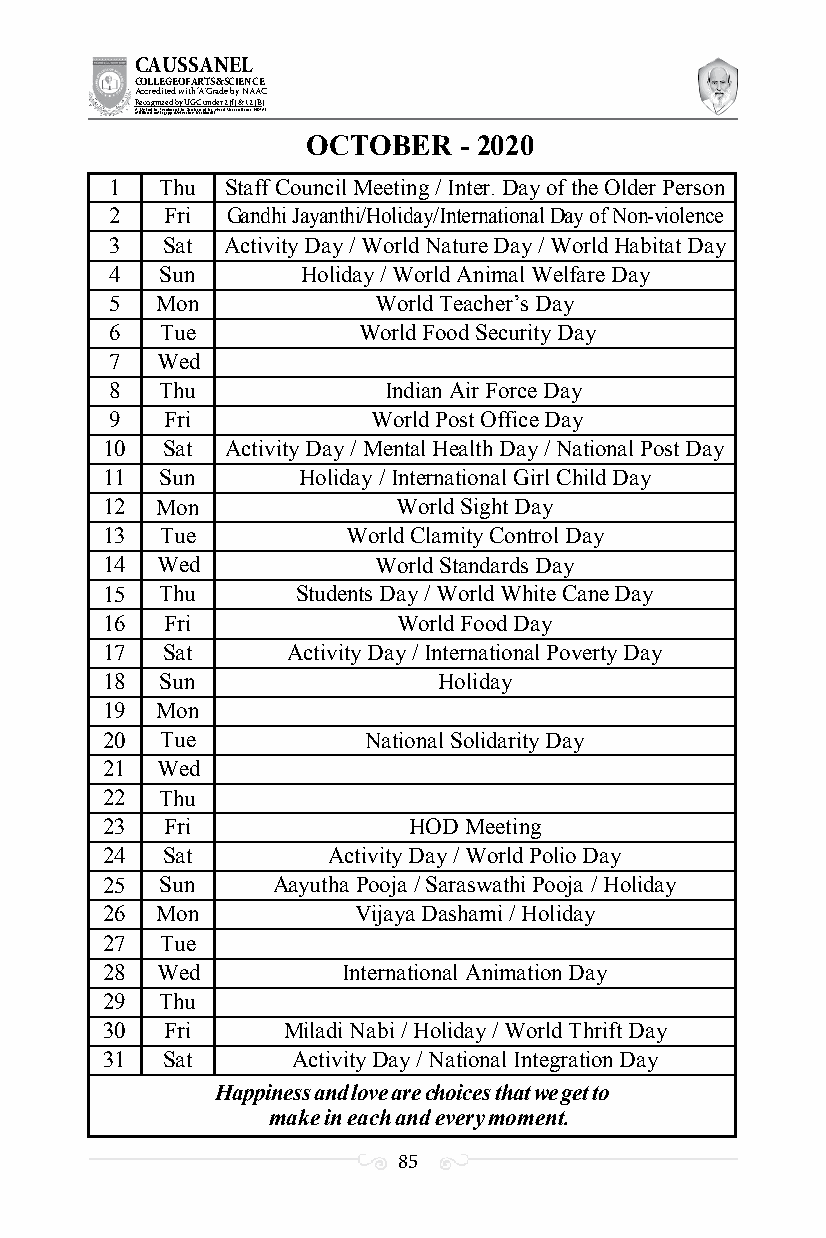
CAUSSANEL
 COLLEGE OF ARTS & SCIENCE
 Accredited with ‘A’ Grade by NAAC
 Recognized by UGC under 2 (f) & 12 (B)
 ((AA fUfilniaitt eodf ttoh eA Ilnasgtaitpuptae oUfn tihvee rBsirtoy,t hKerasr aoifk uthdei )S acred Heart of Jesus, INDIA)
 OCTOBER   - 2020
 1  Thu  Staff Council Meeting / Inter. Day of the Older Person
 2   Fri Gandhi Jayanthi/Holiday/International Day of Non-violence
 3   Sat Activity Day / World Nature Day / World Habitat Day
 4   Sun      Holiday / World Animal Welfare Day
 5  Mon            World Teacher’s Day
 6   Tue          World Food Security Day
 7  Wed
 8  Thu            Indian Air Force Day
 9   Fri           World Post Office Day
 10  Sat Activity Day / Mental Health Day / National Post Day
 11  Sun      Holiday / International Girl Child Day
 12 Mon             World Sight Day
 13  Tue         World Clamity Control Day
 14 Wed            World Standards Day
 15 Thu       Students Day / World White Cane Day
 16  Fri            World Food Day
 17  Sat     Activity Day / International Poverty Day
 18  Sun               Holiday
 19 Mon
 20  Tue          National Solidarity Day
 21 Wed
 22 Thu
 23  Fri             HOD Meeting
 24  Sat        Activity Day / World Polio Day
 25  Sun    Aayutha Pooja / Saraswathi Pooja / Holiday
 26 Mon          Vijaya Dashami / Holiday
 27  Tue
 28 Wed          International Animation Day
 29 Thu
 30  Fri     Miladi Nabi / Holiday / World Thrift Day
 31  Sat     Activity Day / National Integration Day
 Happiness and love are choices that we get to
 make in each and every moment.
 85